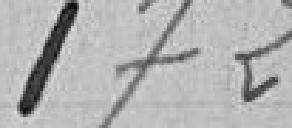
172